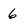
Character: 6